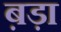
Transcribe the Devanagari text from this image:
ब़ड़ा